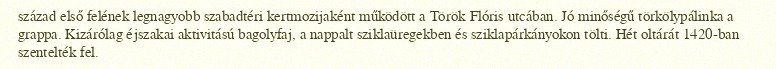
század első felének legnagyobb szabadtéri kertmozijaként működött a Török Flóris utcában. Jó minőségű törkölypálinka a grappa. Kizárólag éjszakai aktivitású bagolyfaj, a nappalt sziklaüregekben és sziklapárkányokon tölti. Hét oltárát 1420-ban szentelték fel.